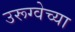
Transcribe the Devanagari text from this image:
उरूग्वेच्या